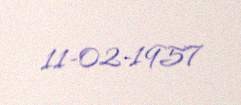
11-02-1957